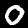
Digit: 0